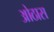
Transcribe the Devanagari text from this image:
ओठास